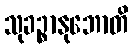
သုခဉ္စာနုဘောတိ